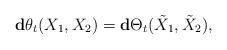
LaTeX: \begin{align*}\mathbf{d}\theta_t(X_1,X_2)=\mathbf{d}\Theta_t(\tilde{X}_1,\tilde{X}_2),\end{align*}